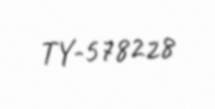
TY-578228